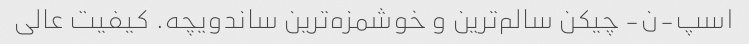
اسپ-ن- چیکن سالم‌ترین و خوشمزه‌ترین ساندویچه. کیفیت عالی